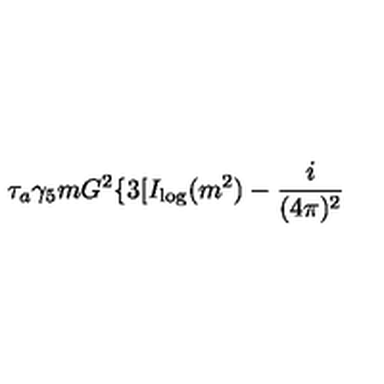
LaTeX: \tau _ { a } \gamma _ { 5 } m G ^ { 2 } \{ 3 [ I _ { \log } ( m ^ { 2 } ) - \frac { i } { ( 4 \pi ) ^ { 2 } }